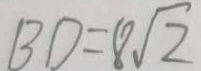
B D = 8 \sqrt { 2 }